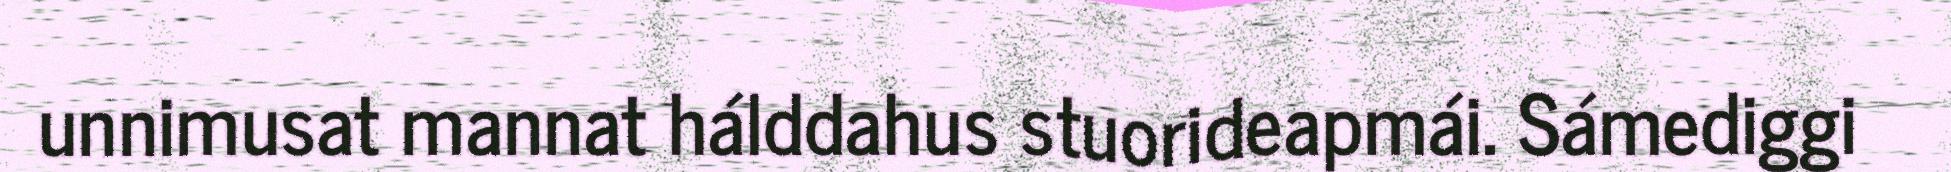
unnimusat mannat hálddahus stuorideapmái. Sámediggi